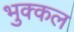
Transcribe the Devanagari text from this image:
भुक्कल